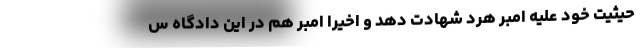
حیثیت خود علیه امبر هرد شهادت دهد و اخیرا امبر هم در این دادگاه س